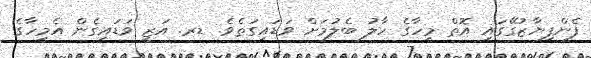
ފެންފިޔާޒުގޭގައި އޮތް މީހާގެ ހާލު ބެލުމަށް ވަޑައިގަތެވެ. ޑރ. އަޒީ ވަޑައިގެން އެމީހާގެ